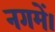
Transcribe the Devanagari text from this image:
नगमें।